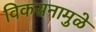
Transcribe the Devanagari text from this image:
विकसनामुळे